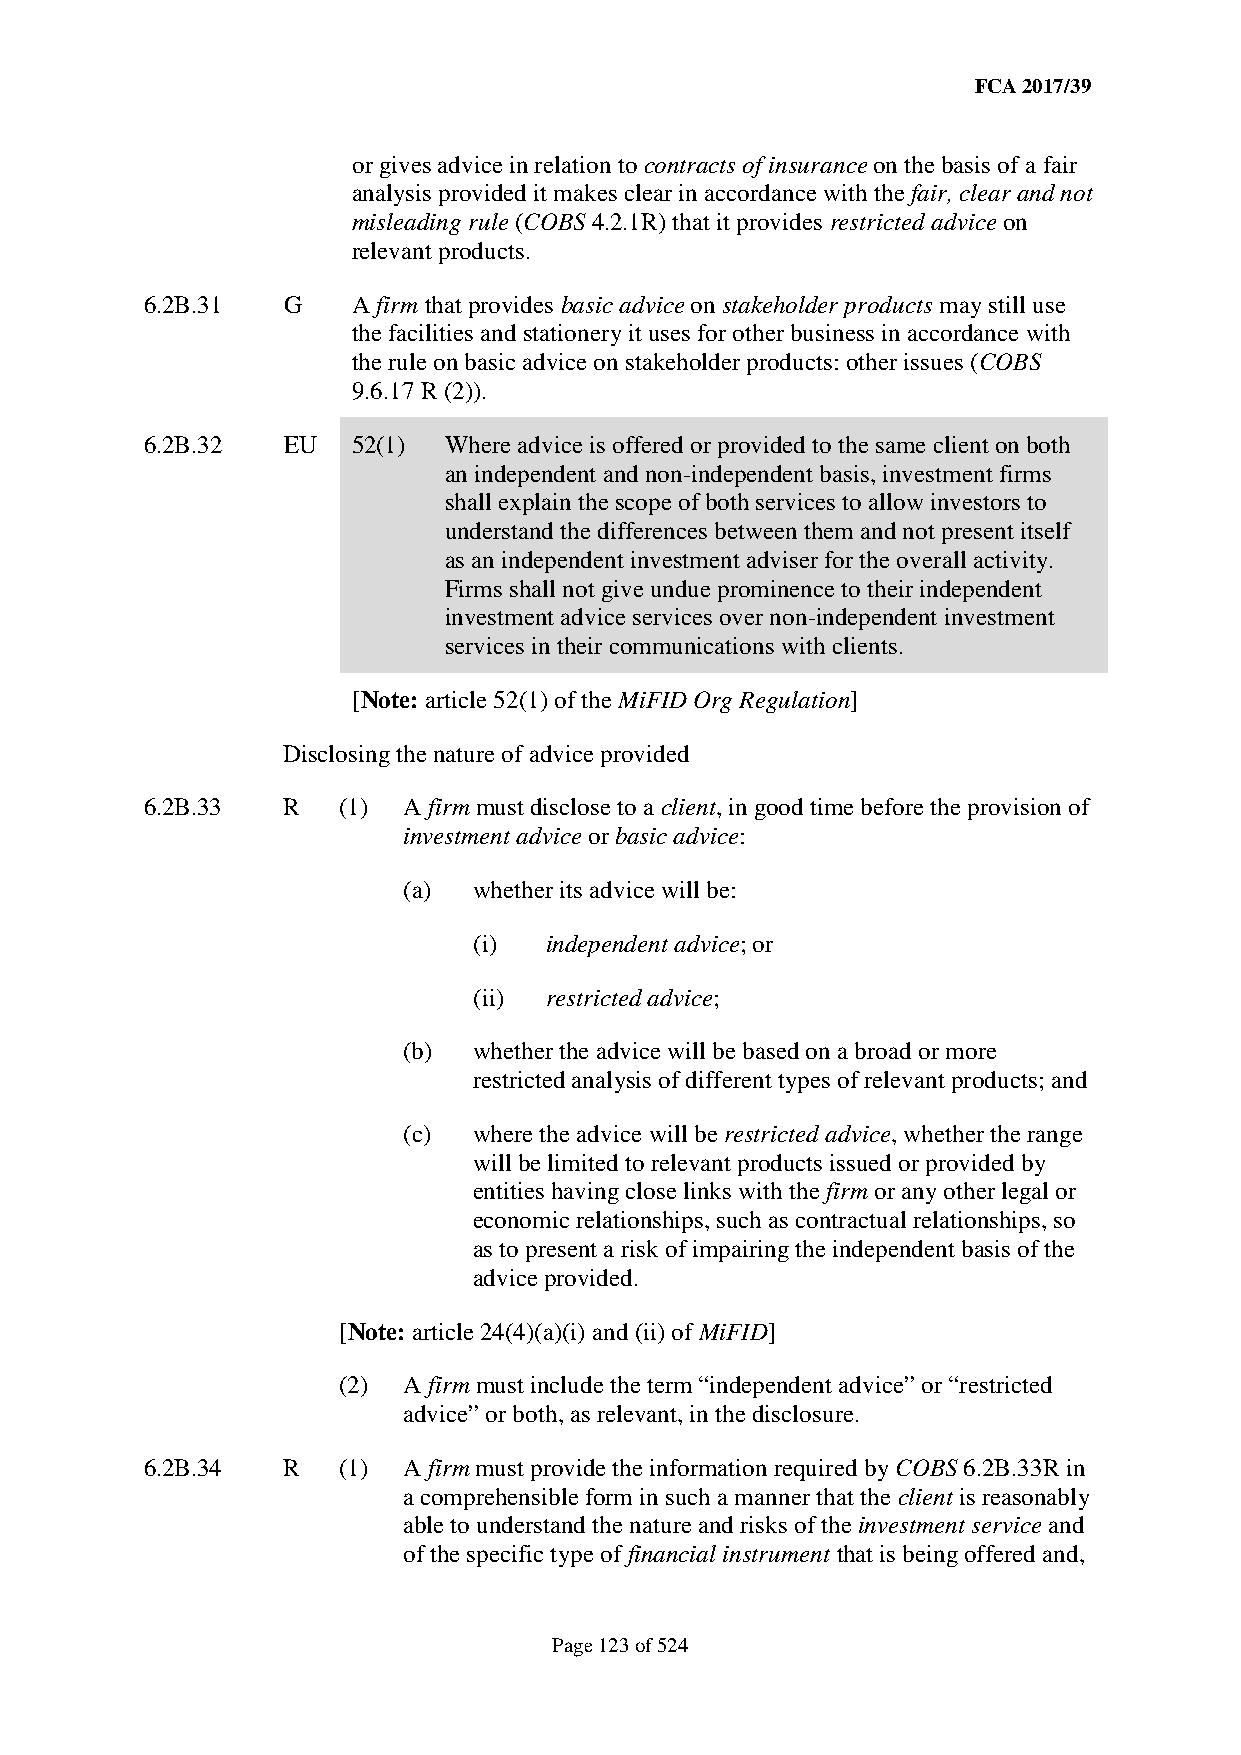
FCA 2017/39
 or gives advice in relation to contracts of insurance on the basis of a fair
 analysis provided it makes clear in accordance with the fair, clear and not
 misleading rule (COBS 4.2.1R) that it provides restricted advice on
 relevant products.
 6.2B.31  G   A firm that provides basic advice on stakeholder products may still use
 the facilities and stationery it uses for other business in accordance with
 the rule on basic advice on stakeholder products: other issues (COBS
 9.6.17 R (2)).
 6.2B.32  EU  52(1) Where advice is offered or provided to the same client on both
 an independent and non-independent basis, investment firms
 shall explain the scope of both services to allow investors to
 understand the differences between them and not present itself
 as an independent investment adviser for the overall activity.
 Firms shall not give undue prominence to their independent
 investment advice services over non-independent investment
 services in their communications with clients.
 [Note: article 52(1) of the MiFID Org Regulation]
 Disclosing the nature of advice provided
 6.2B.33  R  (1)  A firm must disclose to a client, in good time before the provision of
 investment advice or basic advice:
 (a) whether its advice will be:
 (i)  independent advice; or
 (ii) restricted advice;
 (b) whether the advice will be based on a broad or more
 restricted analysis of different types of relevant products; and
 (c) where the advice will be restricted advice, whether the range
 will be limited to relevant products issued or provided by
 entities having close links with the firm or any other legal or
 economic relationships, such as contractual relationships, so
 as to present a risk of impairing the independent basis of the
 advice provided.
 [Note: article 24(4)(a)(i) and (ii) of MiFID]
 (2)  A firm must include the term “independent advice” or “restricted
 advice” or both, as relevant, in the disclosure.
 6.2B.34  R  (1)  A firm must provide the information required by COBS 6.2B.33R in
 a comprehensible form in such a manner that the client is reasonably
 able to understand the nature and risks of the investment service and
 of the specific type of financial instrument that is being offered and,
 Page 123 of 524